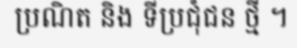
ប្រណិត និង ទីប្រជុំជន ថ្មី ។